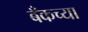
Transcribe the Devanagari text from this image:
बँकच्या